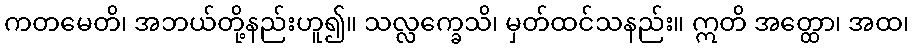
ကတမေတိ၊ အဘယ်တို့နည်းဟူ၍။ သလ္လက္ခေသိ၊ မှတ်ထင်သနည်း။ ဣတိ အတ္ထော၊ အထ၊